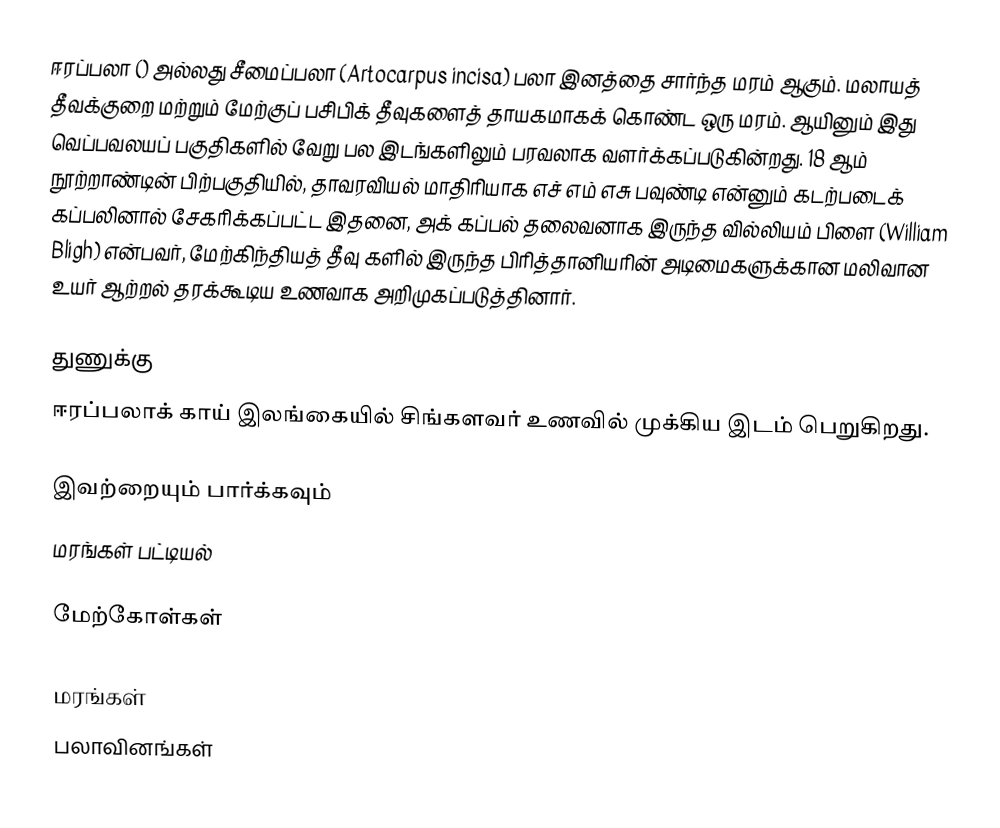
ஈரப்பலா () அல்லது சீமைப்பலா (Artocarpus incisa) பலா இனத்தை சார்ந்த மரம் ஆகும். மலாயத் தீவக்குறை மற்றும் மேற்குப் பசிபிக் தீவுகளைத் தாயகமாகக் கொண்ட ஒரு மரம். ஆயினும் இது வெப்பவலயப் பகுதிகளில் வேறு பல இடங்களிலும் பரவலாக வளர்க்கப்படுகின்றது. 18 ஆம் நூற்றாண்டின் பிற்பகுதியில், தாவரவியல் மாதிரியாக எச் எம் எசு பவுண்டி என்னும் கடற்படைக் கப்பலினால் சேகரிக்கப்பட்ட இதனை, அக் கப்பல் தலைவனாக இருந்த வில்லியம் பிளை (William Bligh) என்பவர், மேற்கிந்தியத் தீவு களில் இருந்த பிரித்தானியரின் அடிமைகளுக்கான மலிவான உயர் ஆற்றல் தரக்கூடிய உணவாக அறிமுகப்படுத்தினார்.

துணுக்கு
ஈரப்பலாக் காய் இலங்கையில் சிங்களவர் உணவில் முக்கிய இடம் பெறுகிறது.

இவற்றையும் பார்க்கவும்
 மரங்கள் பட்டியல்

மேற்கோள்கள்

மரங்கள்
பலாவினங்கள்